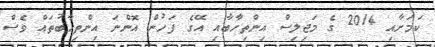
ކަމަށާއި 2014 ގެ މަޖިލިސް އިންތިހާބާއި އޭގެ ފަހުން އޮންނަ އިންތިހާބުތައް ވެސް